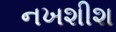
નખશીશ